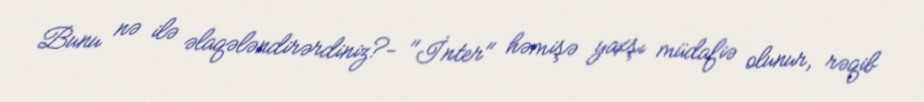
Bunu nə ilə əlaqələndirərdiniz?- "İnter" həmişə yaxşı müdafiə olunur, rəqib